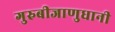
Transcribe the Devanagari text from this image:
गुरुबीजाणुधानी